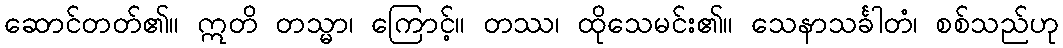
ဆောင်တတ်၏။ ဣတိ တသ္မာ၊ ကြောင့်။ တဿ၊ ထိုသေမင်း၏။ သေနာသင်္ခါတံ၊ စစ်သည်ဟု